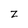
Character: z